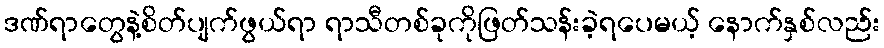
ဒဏ်ရာတွေနဲ့စိတ်ပျက်ဖွယ်ရာ ရာသီတစ်ခုကိုဖြတ်သန်းခဲ့ရပေမယ့် နောက်နှစ်လည်း